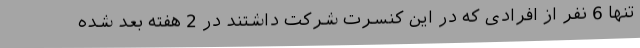
تنها 6 نفر از افرادی که در این کنسرت شرکت داشتند در 2 هفته بعد شده